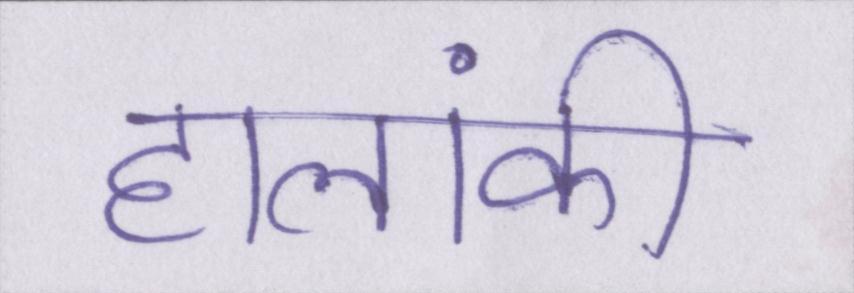
हालांकी